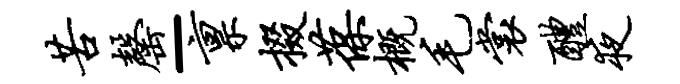
苦罄-禀掇葆概毛裳醴夜